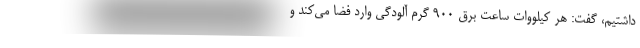
داشتیم، گفت: هر کیلووات ساعت برق 900 گرم آلودگی وارد فضا می‌کند و